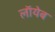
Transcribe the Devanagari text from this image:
लाॅयेब